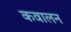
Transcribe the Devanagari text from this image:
कवालन